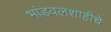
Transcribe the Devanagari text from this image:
भांडवलशाहीचे